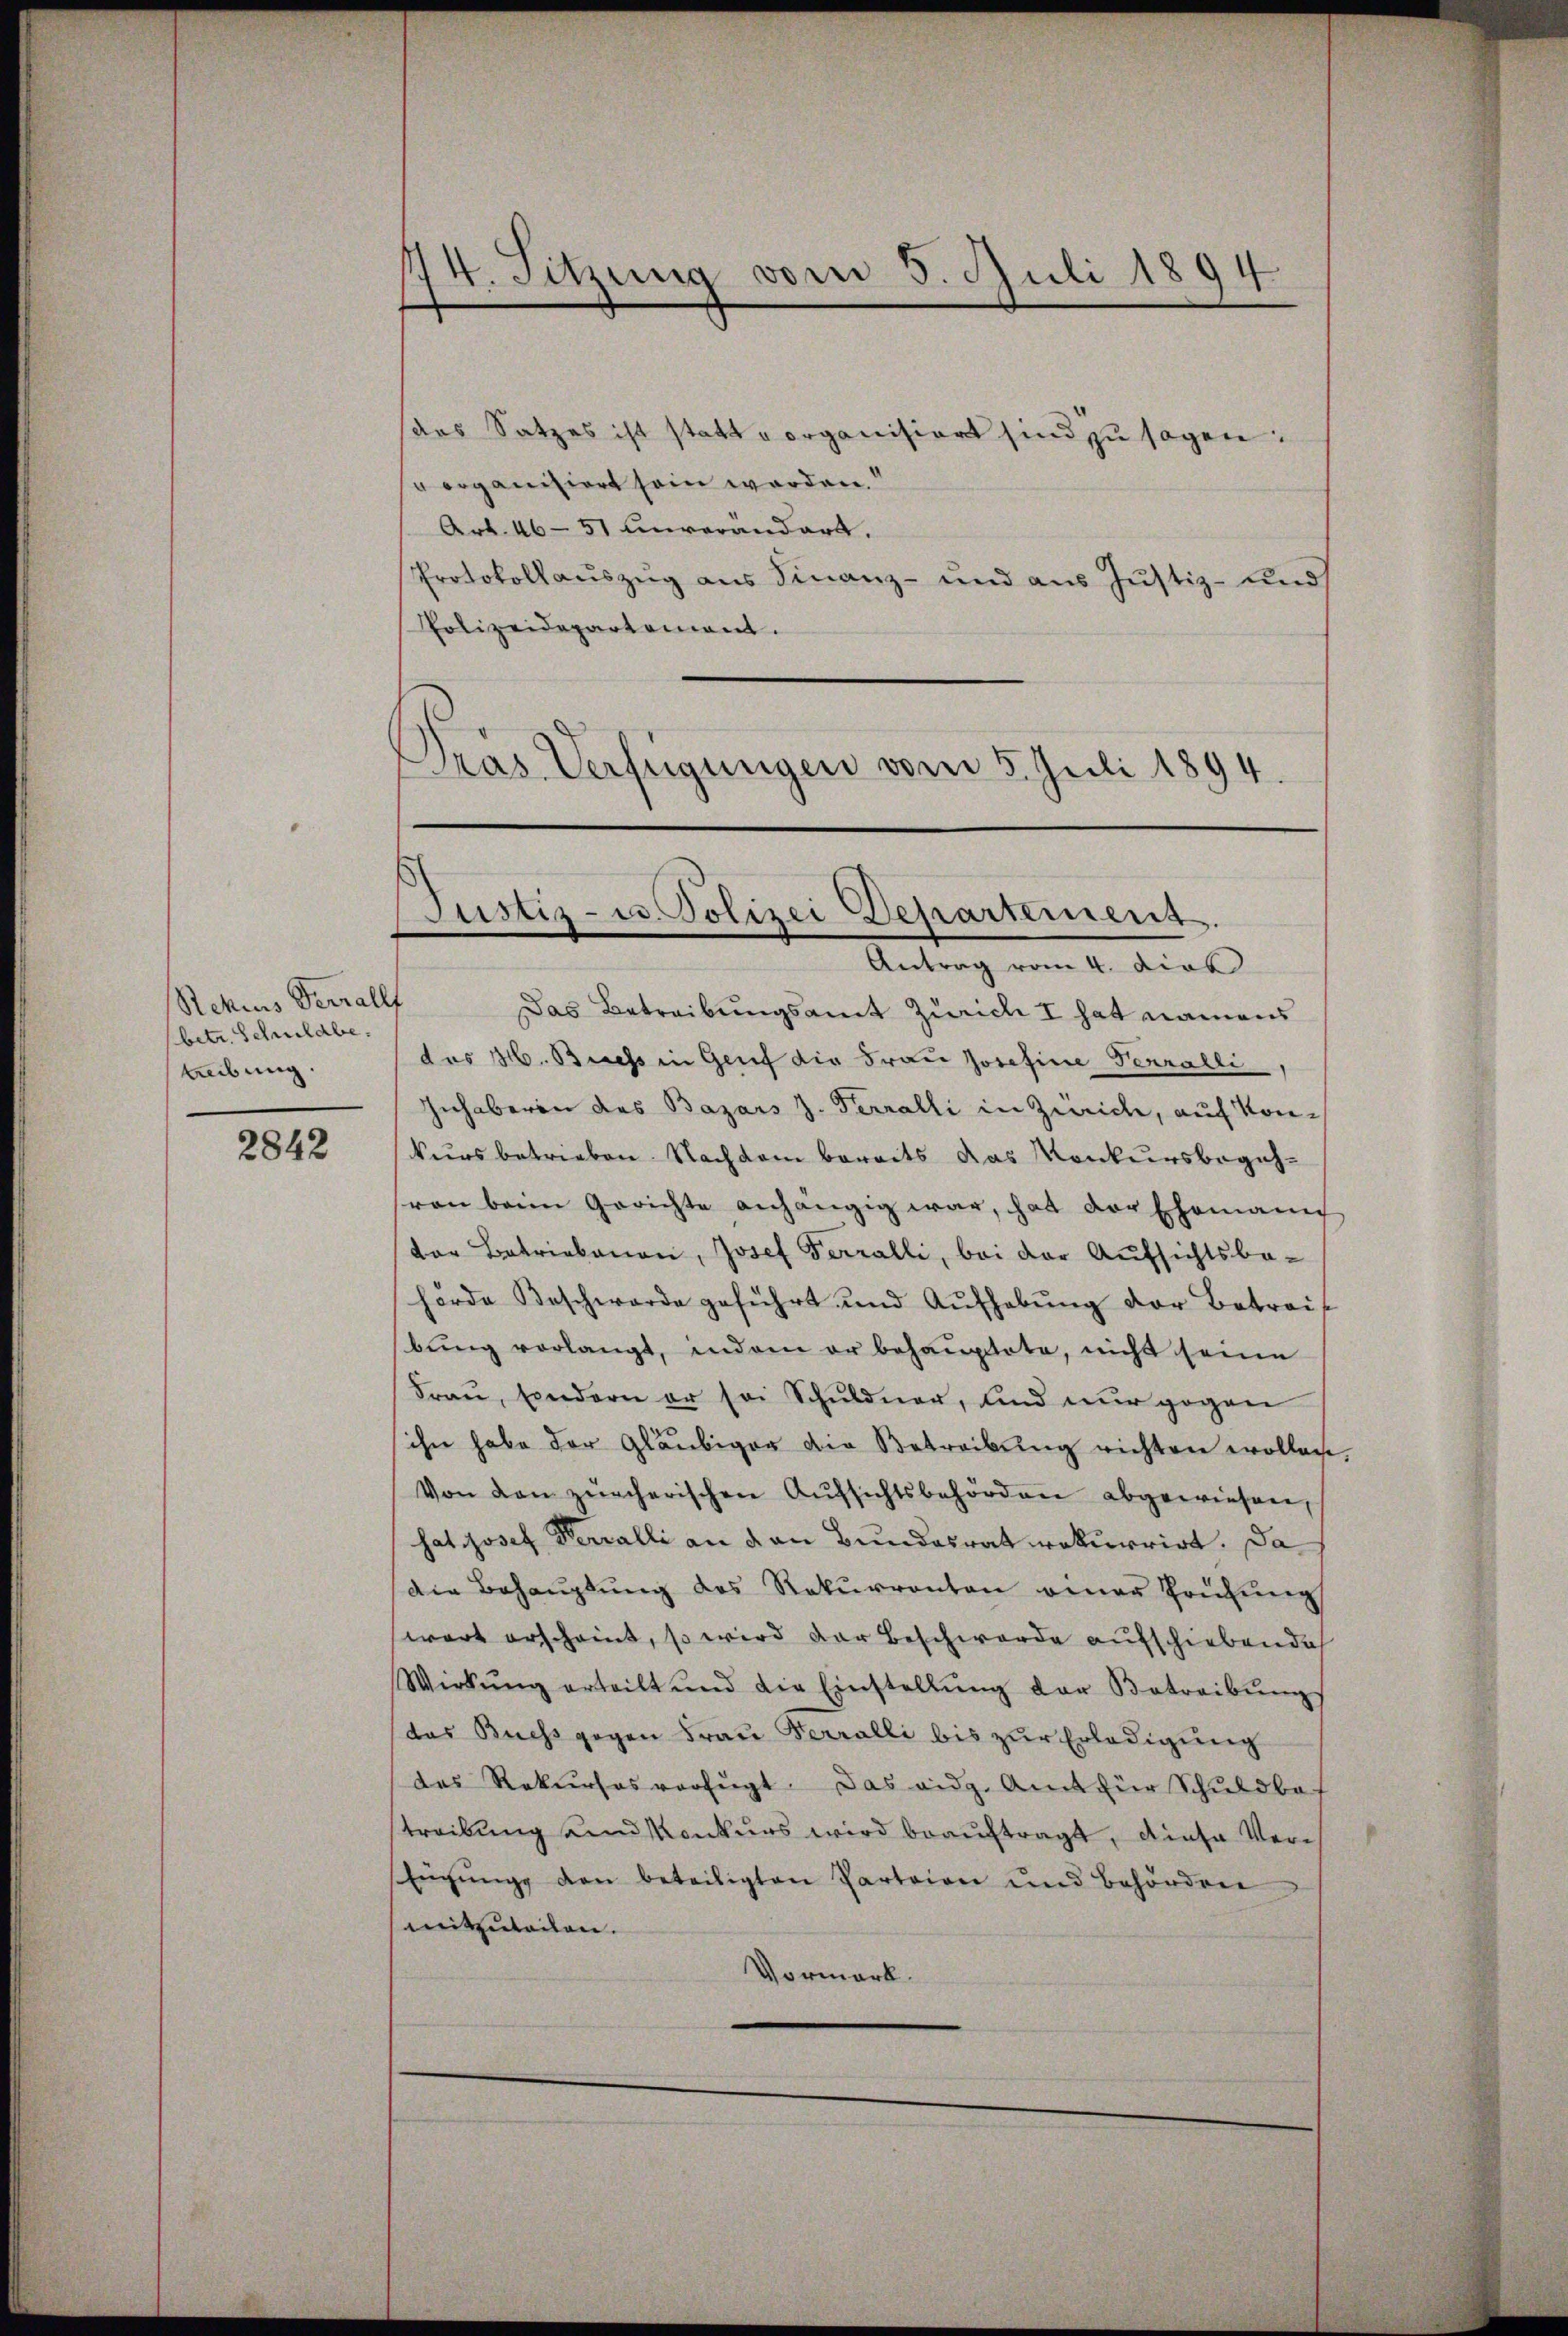
Rekurs Verzall
betr. Schuldbe
treibung.

2842

1
74. Sitzung vom 5. Juli 1894.

as Satzes ist statt vorganisiert sind zu sagen:
organisiert sein werden.“
Art. 46-51 Unverandart.
Protokollauszug aus Finanz- und aus Justiz- und
Polizeidepartement.
Pras Verfügungen vom 5. Juli 1894.
Antrag vom 4. dies
f
Das Betreibungsamt Zürich I hat namens
des H. Biess in Genf die Frau Josefine Perrolli
Inhaberen des Bazars z. Terralli in Zürich, auf Konkurs betrieben. Nachdem bereits das Konkursbegehvon beim Gerichte anhängig war, hat der Ehemann
dor Betriebenen, Josef Ferralli, bei der Aufsichtsbe-
herde Beschwerde geführt und Aŭfhebŭng der Betrai
bung vorlangt, indem er behauptete, nicht seine
Fraŭ, sondern er sei Schuldner, und nur gegen
ihn habe der Gläubiger die Betreibung richten wollen
Von den zürcherischen Aŭfsichtsbehörden abgewiesen,
sat Josef Herzalli an den Bundesrat rekurrirt. Da
Die Behauptung des Rekurrenten einer Prüfung
wart erscheint, so wird der Beschwerde aufschiebende
Wirkŭng erteilt und die Einstellŭng der Betreibŭngs
(das Buchs gegen Frau Ferralli bis zur Erledigung
des Rekurses verfügt. Das eidg. Amt für Schuldbetreibung und Konkurs wird beauftragt, diese Ver¬
Eŭgŭng den beteiligten Parteien und Behördene
mitzuteilen.
Vormerk.

Justiz- u. Polizei Departement.